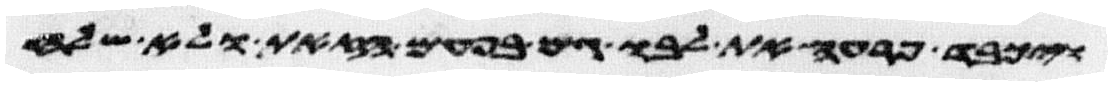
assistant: ויכבד פרעה את לבו גם בפעם הזאת ולא שלח